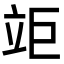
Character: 𥩰